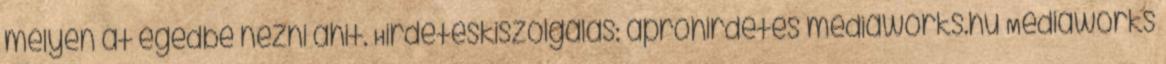
melyen át egedbe nézni áhit. Hirdetéskiszolgálás: aprohirdetes mediaworks.hu Mediaworks